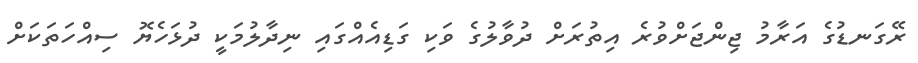
ރޭގަނޑުގެ އަރާމު ޖިންޖަށްވުރެ އިތުރަށް ދުވާލުގެ ވަކި ގަޑިއެއްގައި ނިދާލުމަކީ ދުޅަހެޔޮ ސިއްހަތަކަށް